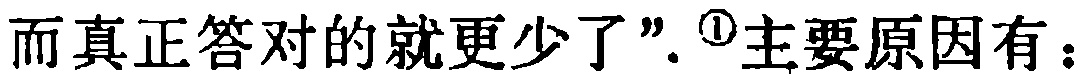
而真正答对的就更少了".\textsuperscript{1}主要原因有：